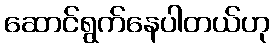
ဆောင်ရွက်နေပါတယ်ဟု